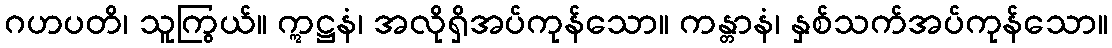
ဂဟပတိ၊ သူကြွယ်။ ဣဋ္ဌနံ၊ အလိုရှိအပ်ကုန်သော။ ကန္တာနံ၊ နှစ်သက်အပ်ကုန်သော။